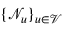
\{ \mathcal { N } _ { u } \} _ { u \in \mathcal { V } }